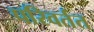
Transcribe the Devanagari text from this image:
परिवर्तत